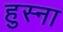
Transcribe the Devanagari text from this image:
हुस्ना